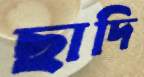
ছাদি